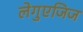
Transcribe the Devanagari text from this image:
लेगुएजिज